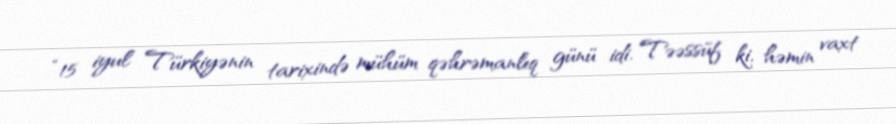
“15 iyul Türkiyənin tarixində mühüm qəhrəmanlıq günü idi. Təəssüf ki, həmin vaxt